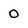
Character: 0